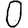
Digit: 0